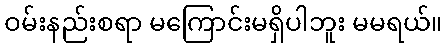
ဝမ်းနည်းစရာ မကြောင်းမရှိပါဘူး မမရယ်။